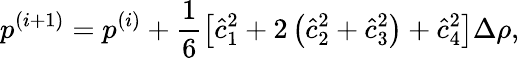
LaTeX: p^{(i+1)}=p^{(i)}+\frac{1}{6}\left[\hat{c}_{1}^{2}+2\left(\hat{c}_{2}^{2}+\hat{c}_{3}^{2}\right)+\hat{c}_{4}^{2}\right]\Delta\rho,